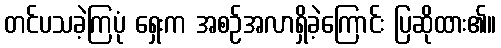
တင်ပသခဲ့ကြပုံ ရှေးက အစဉ်အလာရှိခဲ့ကြောင်း ပြဆိုထား၏။